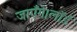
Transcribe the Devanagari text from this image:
जाएँगे।लॉर्ड